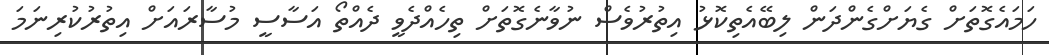
ހަމައެގޮތަށް ގެޔަށްގެންދަން ލިބޭއެތިކޮޅު އިތުރުވެސް ނުވާނެގޮތަށް ތިހެއްދެވީ ދެއްތޯ އަސާސީ މުސާރައަށް އިތުރުކުރިނަމަ